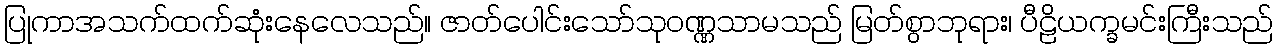
ပြုကာအသက်ထက်ဆုံးနေလေသည်။ ဇာတ်ပေါင်းသော်သုဝဏ္ဏသာမသည် မြတ်စွာဘုရား၊ ပီဠိယက္ခမင်းကြီးသည်